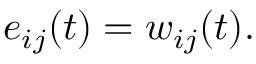
e _ { i j } ( t ) = w _ { i j } ( t ) .